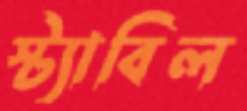
স্ট্যাবিল